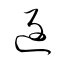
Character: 返